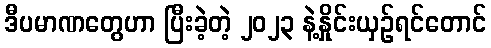
ဒီပမာဏတွေဟာ ပြီးခဲ့တဲ့ ၂၀၂၃ နဲ့နှိုင်းယှဉ်ရင်တောင်